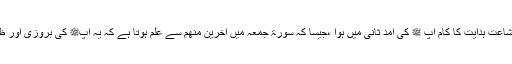
جبکہ تکمیل اشاعت ہدایت کا کام آپ ﷺ کی آمدِ ثانی میں ہوا ،جیسا کہ سورۃ جمعہ میں آخرین منھم سے علم ہوتا ہے کہ یہ آپﷺ کی بروزی اور ظلی بعثت ہے۔